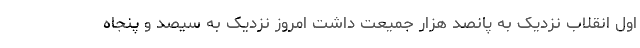
اول انقلاب نزدیک به پانصد هزار جمیعت داشت امروز نزدیک به سیصد و‌ پنجاه